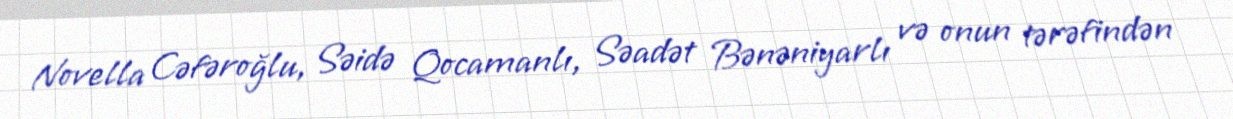
Novella Cəfəroğlu, Səidə Qocamanlı, Səadət Bənəniyarlı və onun tərəfindən